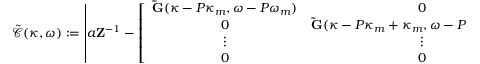
\mathcal { \tilde { C } } ( \kappa , \omega ) : = \left| a \mathbf { Z } ^ { - 1 } - \left[ \begin{array} { c c c c } { \mathbf { \tilde { G } } ( \kappa - P \kappa _ { m } , \omega - P \omega _ { m } ) } & { 0 } & { \cdots } & { 0 } \\ { 0 } & { \mathbf { \tilde { G } } ( \kappa - P \kappa _ { m } + \kappa _ { m } , \omega - P \omega _ { m } + \omega _ { m } ) } & { \cdots } & { 0 } \\ { \vdots } & { \vdots } & { \ddots } & { \vdots } \\ { 0 } & { 0 } & { \cdots } & { \mathbf { \tilde { G } } ( \kappa + P \kappa _ { m } , \omega + P \omega _ { m } ) } \end{array} \right] \right| = 0 .